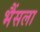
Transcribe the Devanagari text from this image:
भैंसला